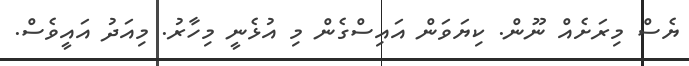
ޔެސް މިރަށެއް ނޫން. ކިޔަވަން އައިސްގެން މި އުޅެނީ މިހާރު. މިއަދު އައީވެސް.